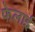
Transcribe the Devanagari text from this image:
फेलाई